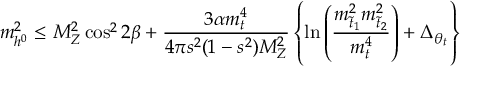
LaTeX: m _ { h ^ { 0 } } ^ { 2 } \leq M _ { Z } ^ { 2 } \cos ^ { 2 } 2 \beta + \frac { 3 \alpha m _ { t } ^ { 4 } } { 4 \pi s ^ { 2 } ( 1 - s ^ { 2 } ) M _ { Z } ^ { 2 } } \left\{ \ln \left( \frac { m _ { \tilde { t } _ { 1 } } ^ { 2 } m _ { \tilde { t } _ { 2 } } ^ { 2 } } { m _ { t } ^ { 4 } } \right) + \Delta _ { \theta _ { t } } \right\}